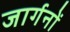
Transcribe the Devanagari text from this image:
जार्गनों